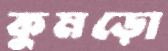
কুমড়ো